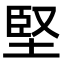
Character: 堅